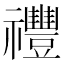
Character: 𥜪